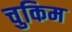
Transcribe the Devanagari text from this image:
चुकिम